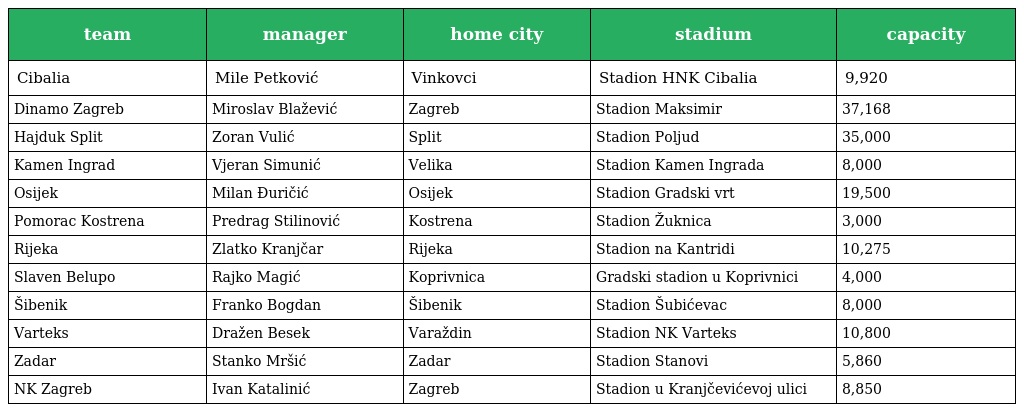
| team | manager | home city | stadium | capacity |
 | --- | --- | --- | --- | --- |
 | Cibalia | Mile Petković | Vinkovci | Stadion HNK Cibalia | 9,920 |
 | Dinamo Zagreb | Miroslav Blažević | Zagreb | Stadion Maksimir | 37,168 |
 | Hajduk Split | Zoran Vulić | Split | Stadion Poljud | 35,000 |
 | Kamen Ingrad | Vjeran Simunić | Velika | Stadion Kamen Ingrada | 8,000 |
 | Osijek | Milan Đuričić | Osijek | Stadion Gradski vrt | 19,500 |
 | Pomorac Kostrena | Predrag Stilinović | Kostrena | Stadion Žuknica | 3,000 |
 | Rijeka | Zlatko Kranjčar | Rijeka | Stadion na Kantridi | 10,275 |
 | Slaven Belupo | Rajko Magić | Koprivnica | Gradski stadion u Koprivnici | 4,000 |
 | Šibenik | Franko Bogdan | Šibenik | Stadion Šubićevac | 8,000 |
 | Varteks | Dražen Besek | Varaždin | Stadion NK Varteks | 10,800 |
 | Zadar | Stanko Mršić | Zadar | Stadion Stanovi | 5,860 |
 | NK Zagreb | Ivan Katalinić | Zagreb | Stadion u Kranjčevićevoj ulici | 8,850 |